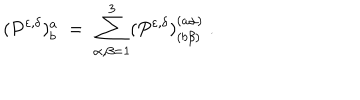
LaTeX: ( P ^ { \varepsilon , \delta } ) _ { b } ^ { a } \; = \; \sum _ { \alpha , \beta = 1 } ^ { 3 } ( P ^ { \varepsilon , \delta } ) _ { ( b \beta ) } ^ { ( a \alpha ) } \; .